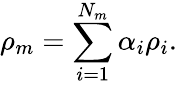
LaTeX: \rho_{m}=\sum_{i=1}^{N_{m}}\alpha_{i}\rho_{i}.